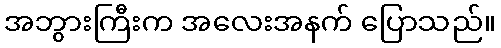
အဘွားကြီးက အလေးအနက် ပြောသည်။